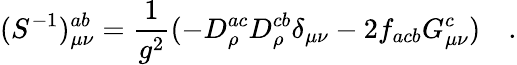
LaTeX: (S^{-1})_{\mu\nu}^{ab}={\frac{1}{g^{2}}}(-D_{\rho}^{ac}D_{\rho}^{cb}\delta_{\mu\nu}-2f_{acb}G_{\mu\nu}^{c})\quad.